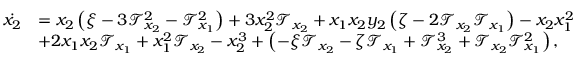
\begin{array} { r l } { \Dot { x _ { 2 } } } & { = x _ { 2 } \left( \xi - 3 \mathcal { T } _ { x _ { 2 } } ^ { 2 } - \mathcal { T } _ { x _ { 1 } } ^ { 2 } \right) + 3 x _ { 2 } ^ { 2 } \mathcal { T } _ { x _ { 2 } } + x _ { 1 } x _ { 2 } y _ { 2 } \left( \zeta - 2 \mathcal { T } _ { x _ { 2 } } \mathcal { T } _ { x _ { 1 } } \right) - x _ { 2 } x _ { 1 } ^ { 2 } } \\ & { + 2 x _ { 1 } x _ { 2 } \mathcal { T } _ { x _ { 1 } } + x _ { 1 } ^ { 2 } \mathcal { T } _ { x _ { 2 } } - x _ { 2 } ^ { 3 } + \left( - \xi \mathcal { T } _ { x _ { 2 } } - \zeta \mathcal { T } _ { x _ { 1 } } + \mathcal { T } _ { x _ { 2 } } ^ { 3 } + \mathcal { T } _ { x _ { 2 } } \mathcal { T } _ { x _ { 1 } } ^ { 2 } \right) , } \end{array}